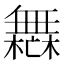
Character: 𣞣